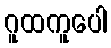
ဂူထကူပေါ